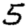
Digit: 5